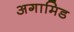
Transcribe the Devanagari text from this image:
अगामिड